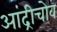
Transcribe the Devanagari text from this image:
आंद्रीचोव